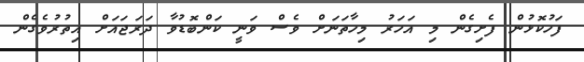
ފަހުކޮޅުން ފެށިގެން މި އަހަރު މިހާތަނަށް ވެސް ވަނީ ކަންބޮޑުވާ ދަރަޖައަށް އިތުރުވެގެން